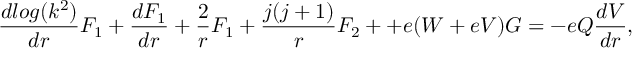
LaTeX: \frac { d l o g ( k ^ { 2 } ) } { d r } F _ { 1 } + \frac { d F _ { 1 } } { d r } + \frac { 2 } { r } F _ { 1 } + \frac { j ( j + 1 ) } { r } F _ { 2 } + + e ( W + e V ) G = - e Q \frac { d V } { d r } ,